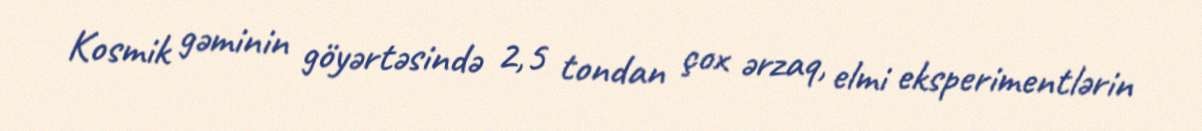
Kosmik gəminin göyərtəsində 2,5 tondan çox ərzaq, elmi eksperimentlərin